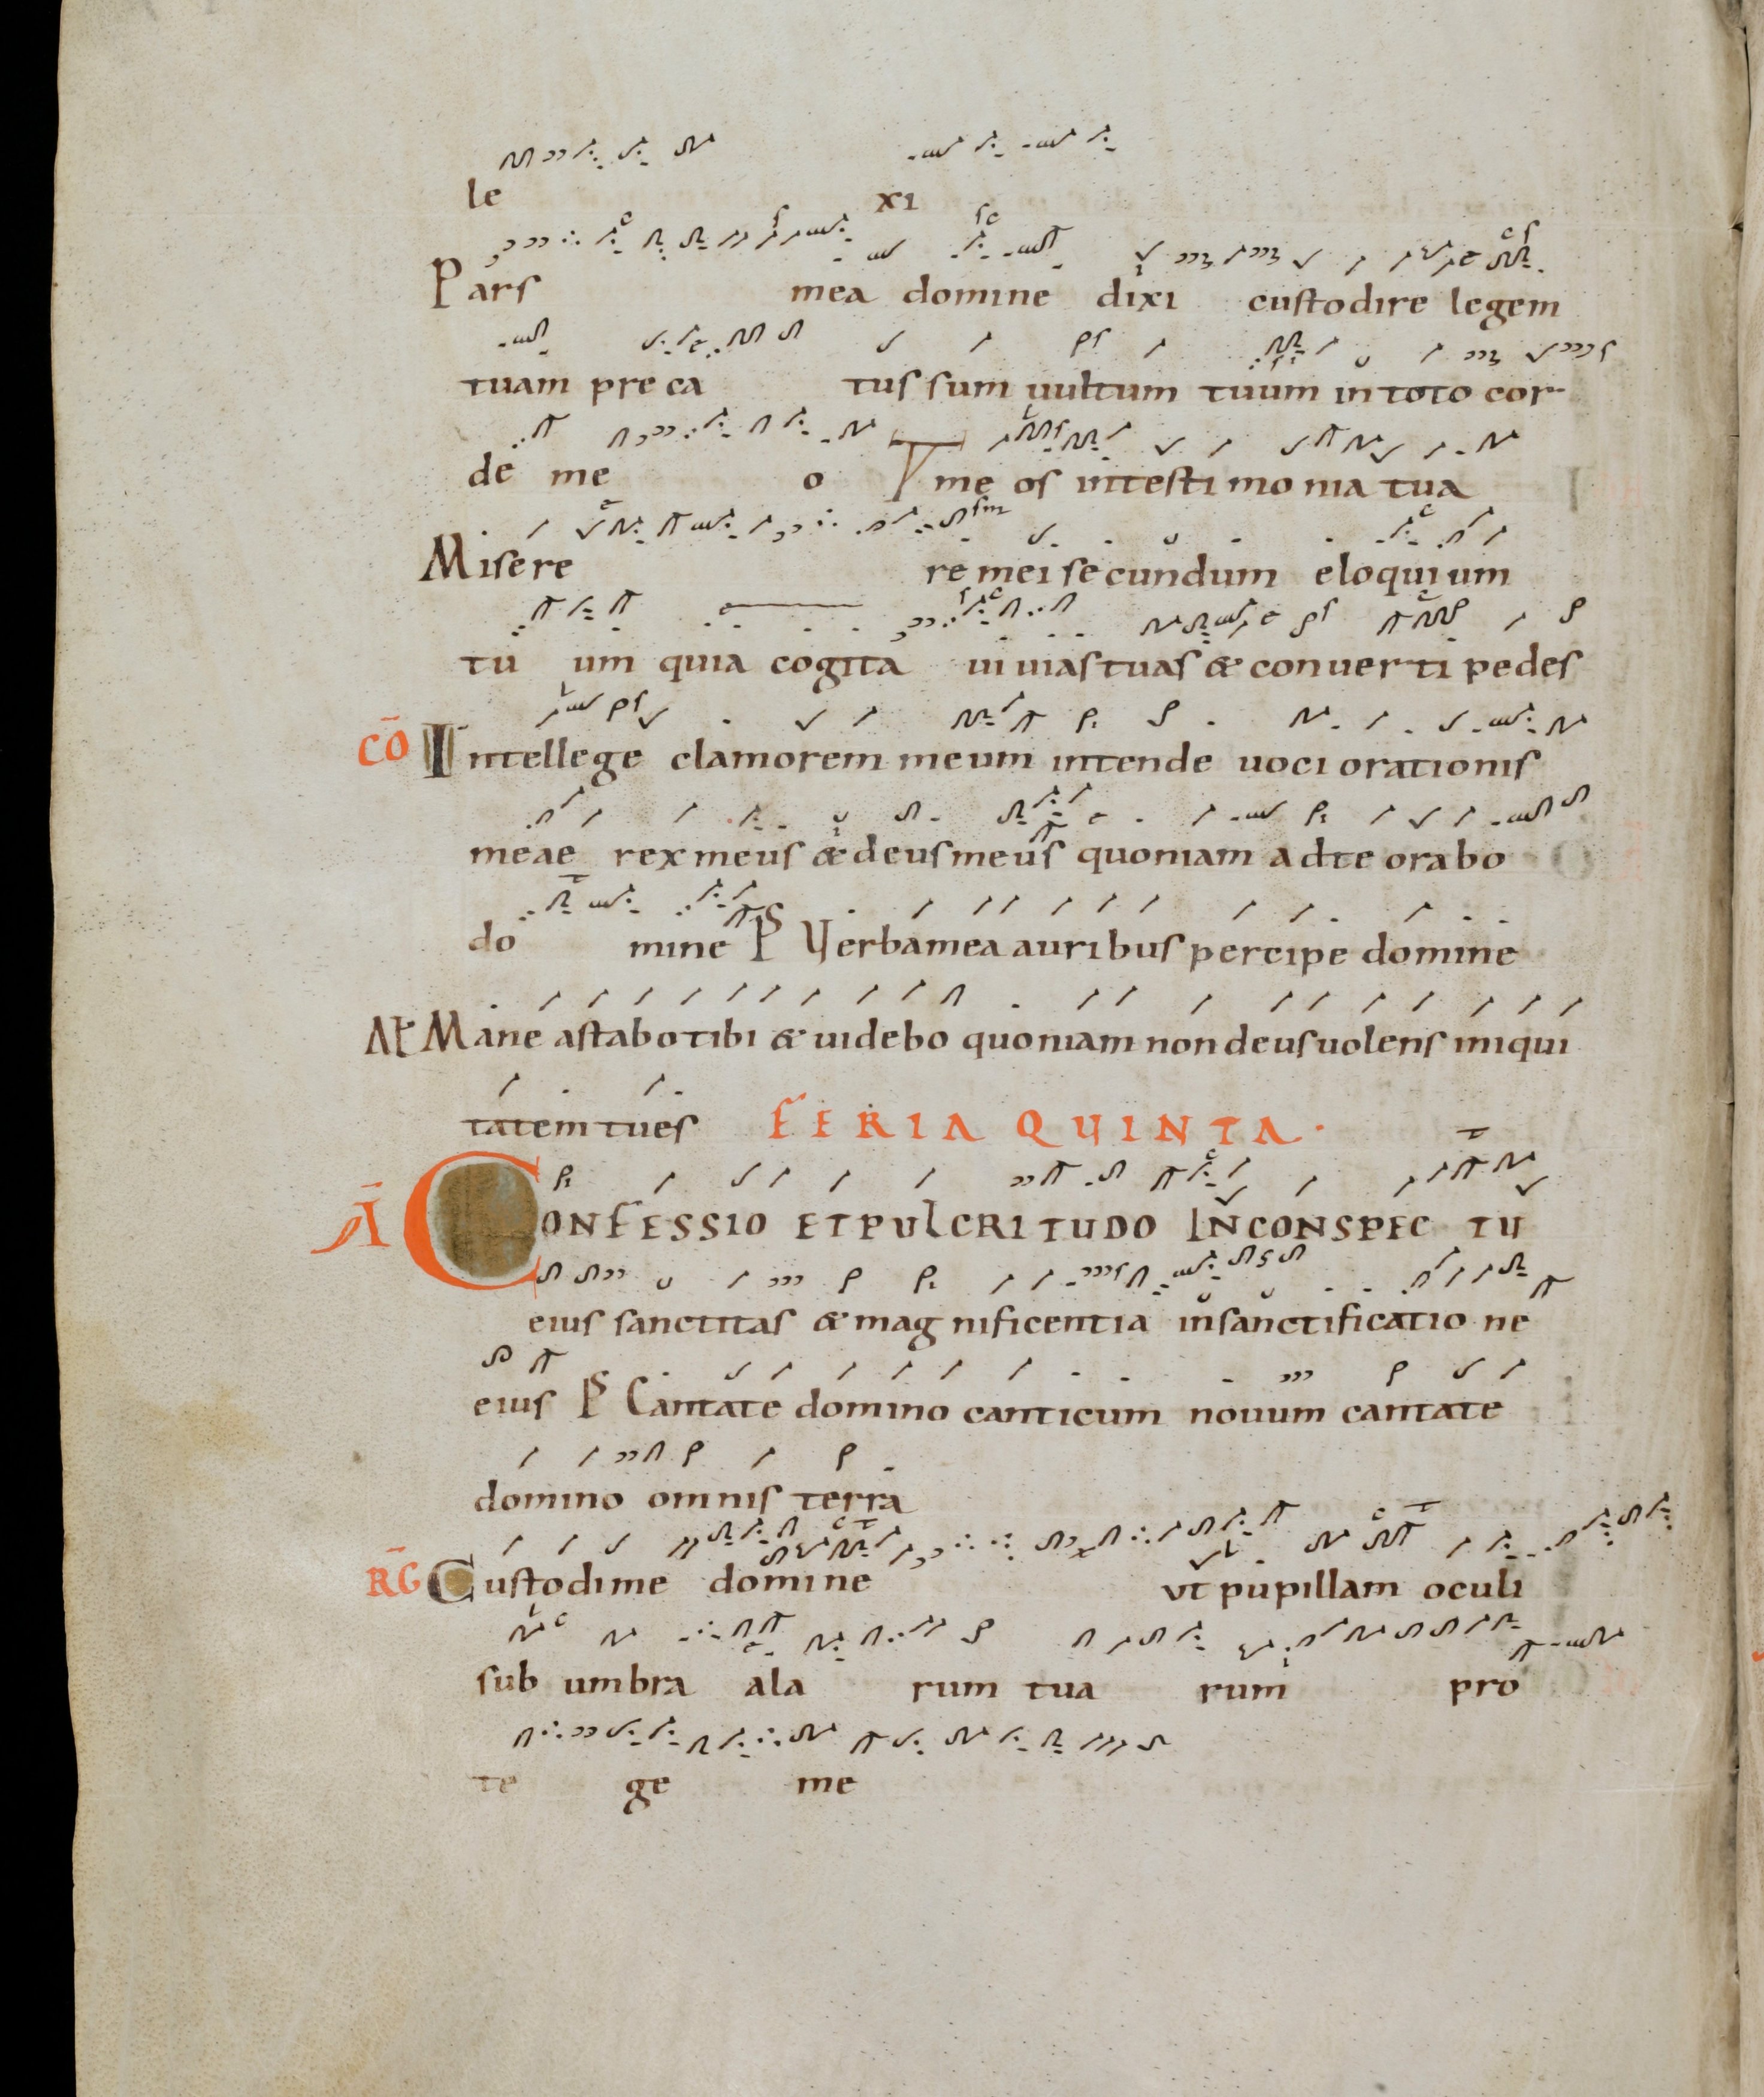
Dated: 1000–1099